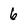
Character: 6